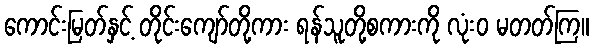
ကောင်းမြတ်နှင့် တိုင်းကျော်တို့ကား ရန်သူတို့စကားကို လုံးဝ မတတ်ကြ။